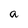
Character: a